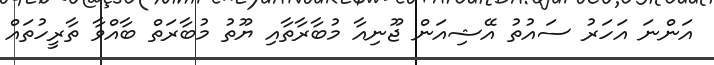
އަންނަ އަހަރު ސައުތު އޭޝިއަން ޖޫނިއާ މުބާރާތާއި ޔޫތު މުބާރަތް ބާއްވާ ތާރީހުތައް